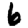
Digit: 6